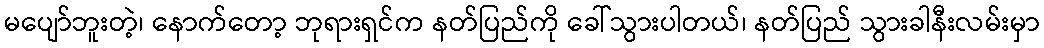
မပျော်ဘူးတဲ့၊ နောက်တော့ ဘုရားရှင်က နတ်ပြည်ကို ခေါ်သွားပါတယ်၊ နတ်ပြည် သွားခါနီးလမ်းမှာ